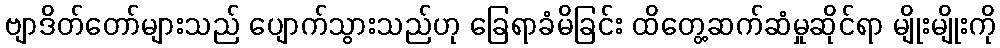
ဗျာဒိတ်တော်များသည် ပျောက်သွားသည်ဟု ခြေရာခံမိခြင်း ထိတွေ့ဆက်ဆံမှုဆိုင်ရာ မျိုးမျိုးကို